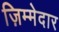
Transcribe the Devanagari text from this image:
ज़िम्‍मेदार